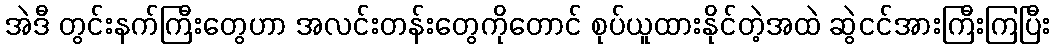
အဲဒီ တွင်းနက်ကြီးတွေဟာ အလင်းတန်းတွေကိုတောင် စုပ်ယူထားနိုင်တဲ့အထဲ ဆွဲငင်အားကြီးကြပြီး